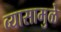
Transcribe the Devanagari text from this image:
व्यासामुळे